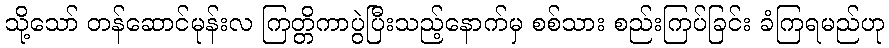
သို့သော် တန်ဆောင်မုန်းလ ကြတ္တိကာပွဲပြီးသည့်နောက်မှ စစ်သား စည်းကြပ်ခြင်း ခံကြရမည်ဟု